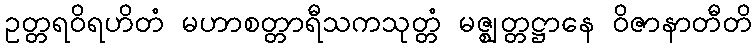
ဥတ္တရဝိရဟိတံ မဟာစတ္တာရီသကသုတ္တံ မဇ္ဈတ္တဋ္ဌာနေ ဝိဇာနာတီတိ